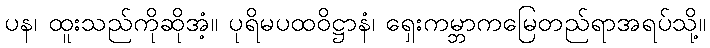
ပန၊ ထူးသည်ကိုဆိုအံ့။ ပုရိမပထဝိဋ္ဌာနံ၊ ရှေးကမ္ဘာကမြေတည်ရာအရပ်သို့။